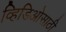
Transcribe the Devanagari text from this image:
व्हिडिओसाठी